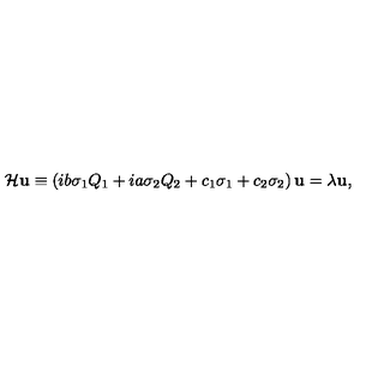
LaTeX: { \cal H } { \bf u } \equiv \left( i b \sigma _ { 1 } Q _ { 1 } + i a \sigma _ { 2 } Q _ { 2 } + c _ { 1 } \sigma _ { 1 } + c _ { 2 } \sigma _ { 2 } \right) { \bf u } = \lambda { \bf u } ,